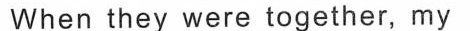
When they were together, my